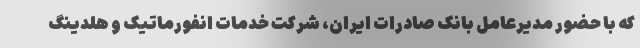
که با حضور مدیرعامل بانک صادرات ایران، شرکت خدمات انفورماتیک و هلدینگ